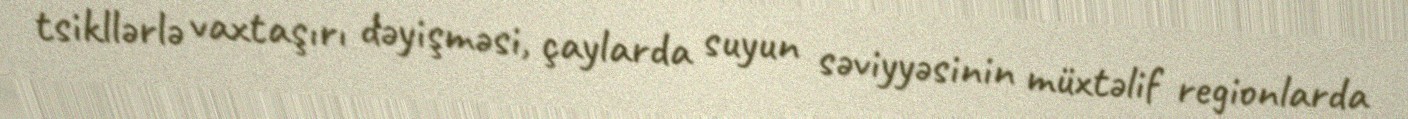
tsikllərlə vaxtaşırı dəyişməsi, çaylarda suyun səviyyəsinin müxtəlif regionlarda